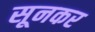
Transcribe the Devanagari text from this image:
सूनकर